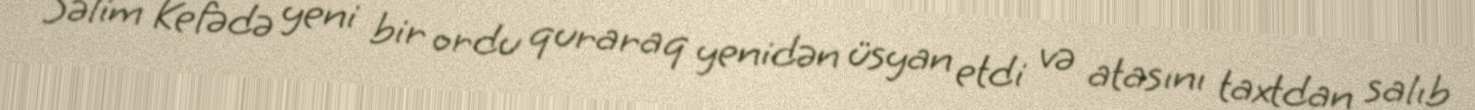
Səlim Kefədə yeni bir ordu quraraq yenidən üsyan etdi və atasını taxtdan salıb